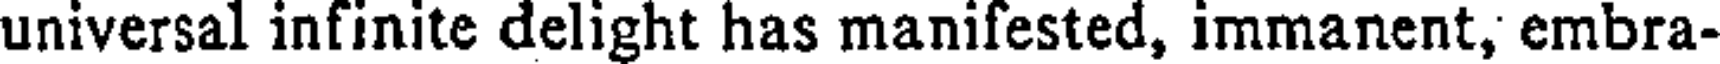
universal infinite delight has manifested, immanent, embra-